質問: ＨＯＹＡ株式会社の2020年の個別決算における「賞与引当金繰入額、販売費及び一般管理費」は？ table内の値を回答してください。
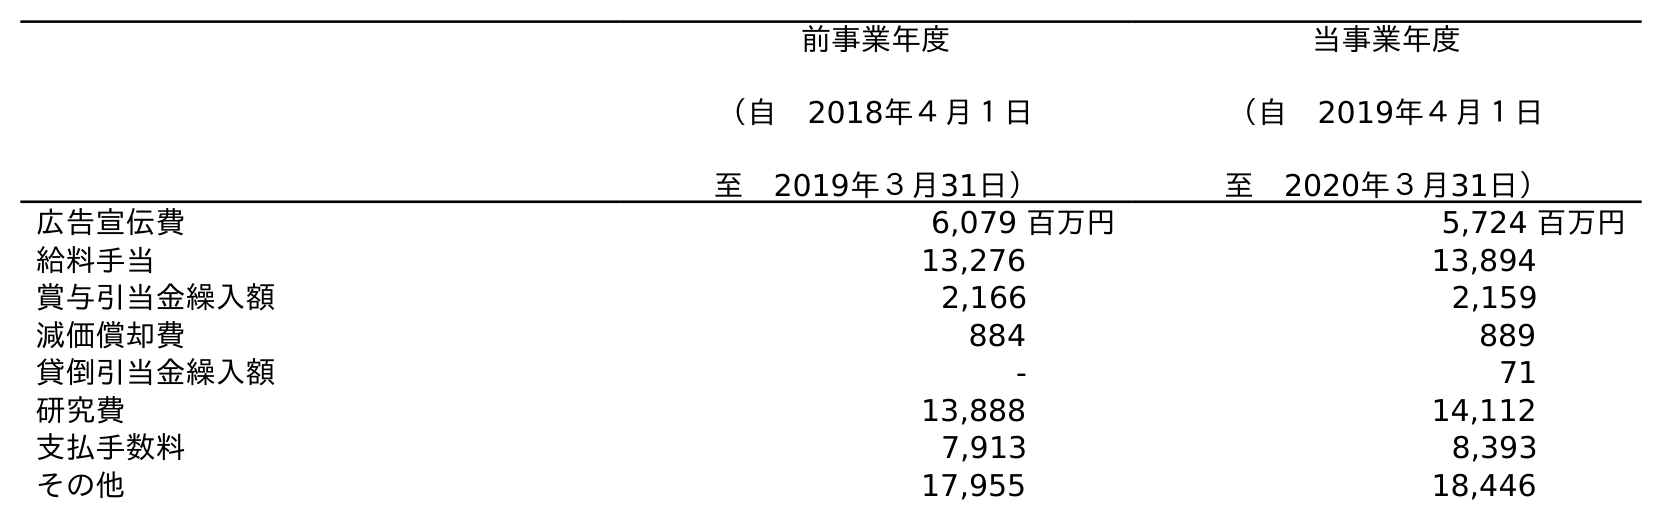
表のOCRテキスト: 前事業年度 （自 2018年４月１日 至 2019年３月31日） 当事業年度 （自 2019年４月１日 至 2020年３月31日） 広告宣伝費 6,079 百万円 5,724 百万円 給料手当 13,276 13,894 賞与引当金繰入額 2,166 2,159 減価償却費 884 889 貸倒引当金繰入額 - 71 研究費 13,888 14,112 支払手数料 7,913 8,393 その他 17,955 18,446
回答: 2,159